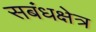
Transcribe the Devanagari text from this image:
सबंधक्षेत्र